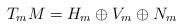
LaTeX: \begin{align*}T_{m}M=H_{m}\oplus V_{m}\oplus N_{m}\end{align*}